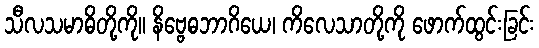
သီလသမာဓိတို့ကို။ နိဗ္ဗေဓဘာဂိယေ၊ ကိလေသာတို့ကို ဖောက်ထွင်းခြင်း